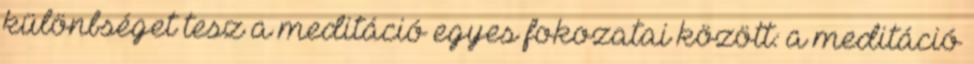
különbséget tesz a meditáció egyes fokozatai között: a meditáció